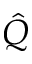
\hat { Q }